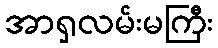
အာရှလမ်းမကြီး